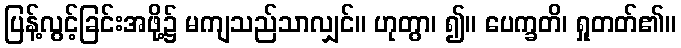
ပြန့်လွင့်ခြင်းအဖို့၌ မကျသည်သာလျှင်။ ဟုတွာ၊ ၍။ ပေက္ခတိ၊ ရှုတတ်၏။